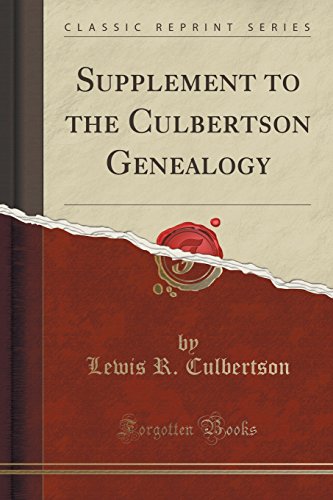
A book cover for Supplement to the Culbertson Genealogy (Classic Reprint); Lewis R. Culbertson; Reference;